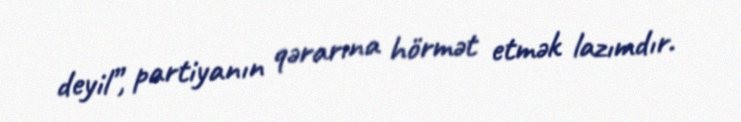
deyil”, partiyanın qərarına hörmət etmək lazımdır.